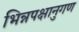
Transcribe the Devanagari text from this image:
भिन्नपक्षानुगण